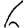
Digit: 6